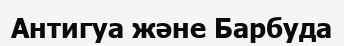
Антигуа және Барбуда